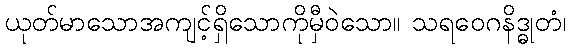
ယုတ်မာသောအကျင့်ရှိသောကိုမှီဝဲသော။ သရဝေဂနိဒ္ဓုတံ၊